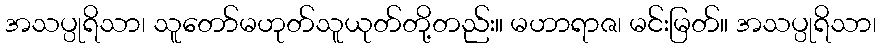
အသပ္ပုရိသာ၊ သူတော်မဟုတ်သူယုတ်တို့တည်း။ မဟာရာဇ၊ မင်းမြတ်။ အသပ္ပုရိသာ၊